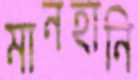
মানহানি